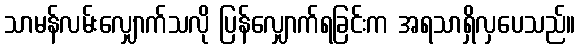
သာမန်လမ်းလျှောက်သလို ပြန်လျှောက်ရခြင်းက အရသာရှိလှပေသည်။